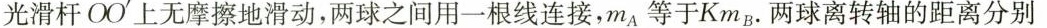
光滑杆OO'上无摩擦地滑动，两球之间用一根线连接，m_{A}等于Km_{B}.两球离转轴的距离分别